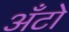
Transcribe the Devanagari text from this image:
अँटो